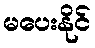
မပေးနိုင်